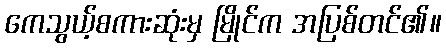
ကေသွယ့်စကားဆုံးမှ မြိုင်က အပြစ်တင်၏။